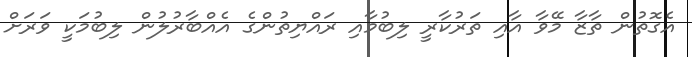
އެގޮތުން ތާޒާ މޭވާ އާއި ތަރުކާރީ ލިބުމާއި ރައްޔިތުންގެ އެއްބާރުލުން ލިބުމަކީ ވަރަށް